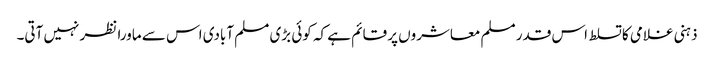
ذہنی غلامی کا تسلط اس قدر مسلم معاشروں پر قائم ہے کہ کوئی بڑی مسلم آبادی اس سے ماورا نظر نہیں آتی۔